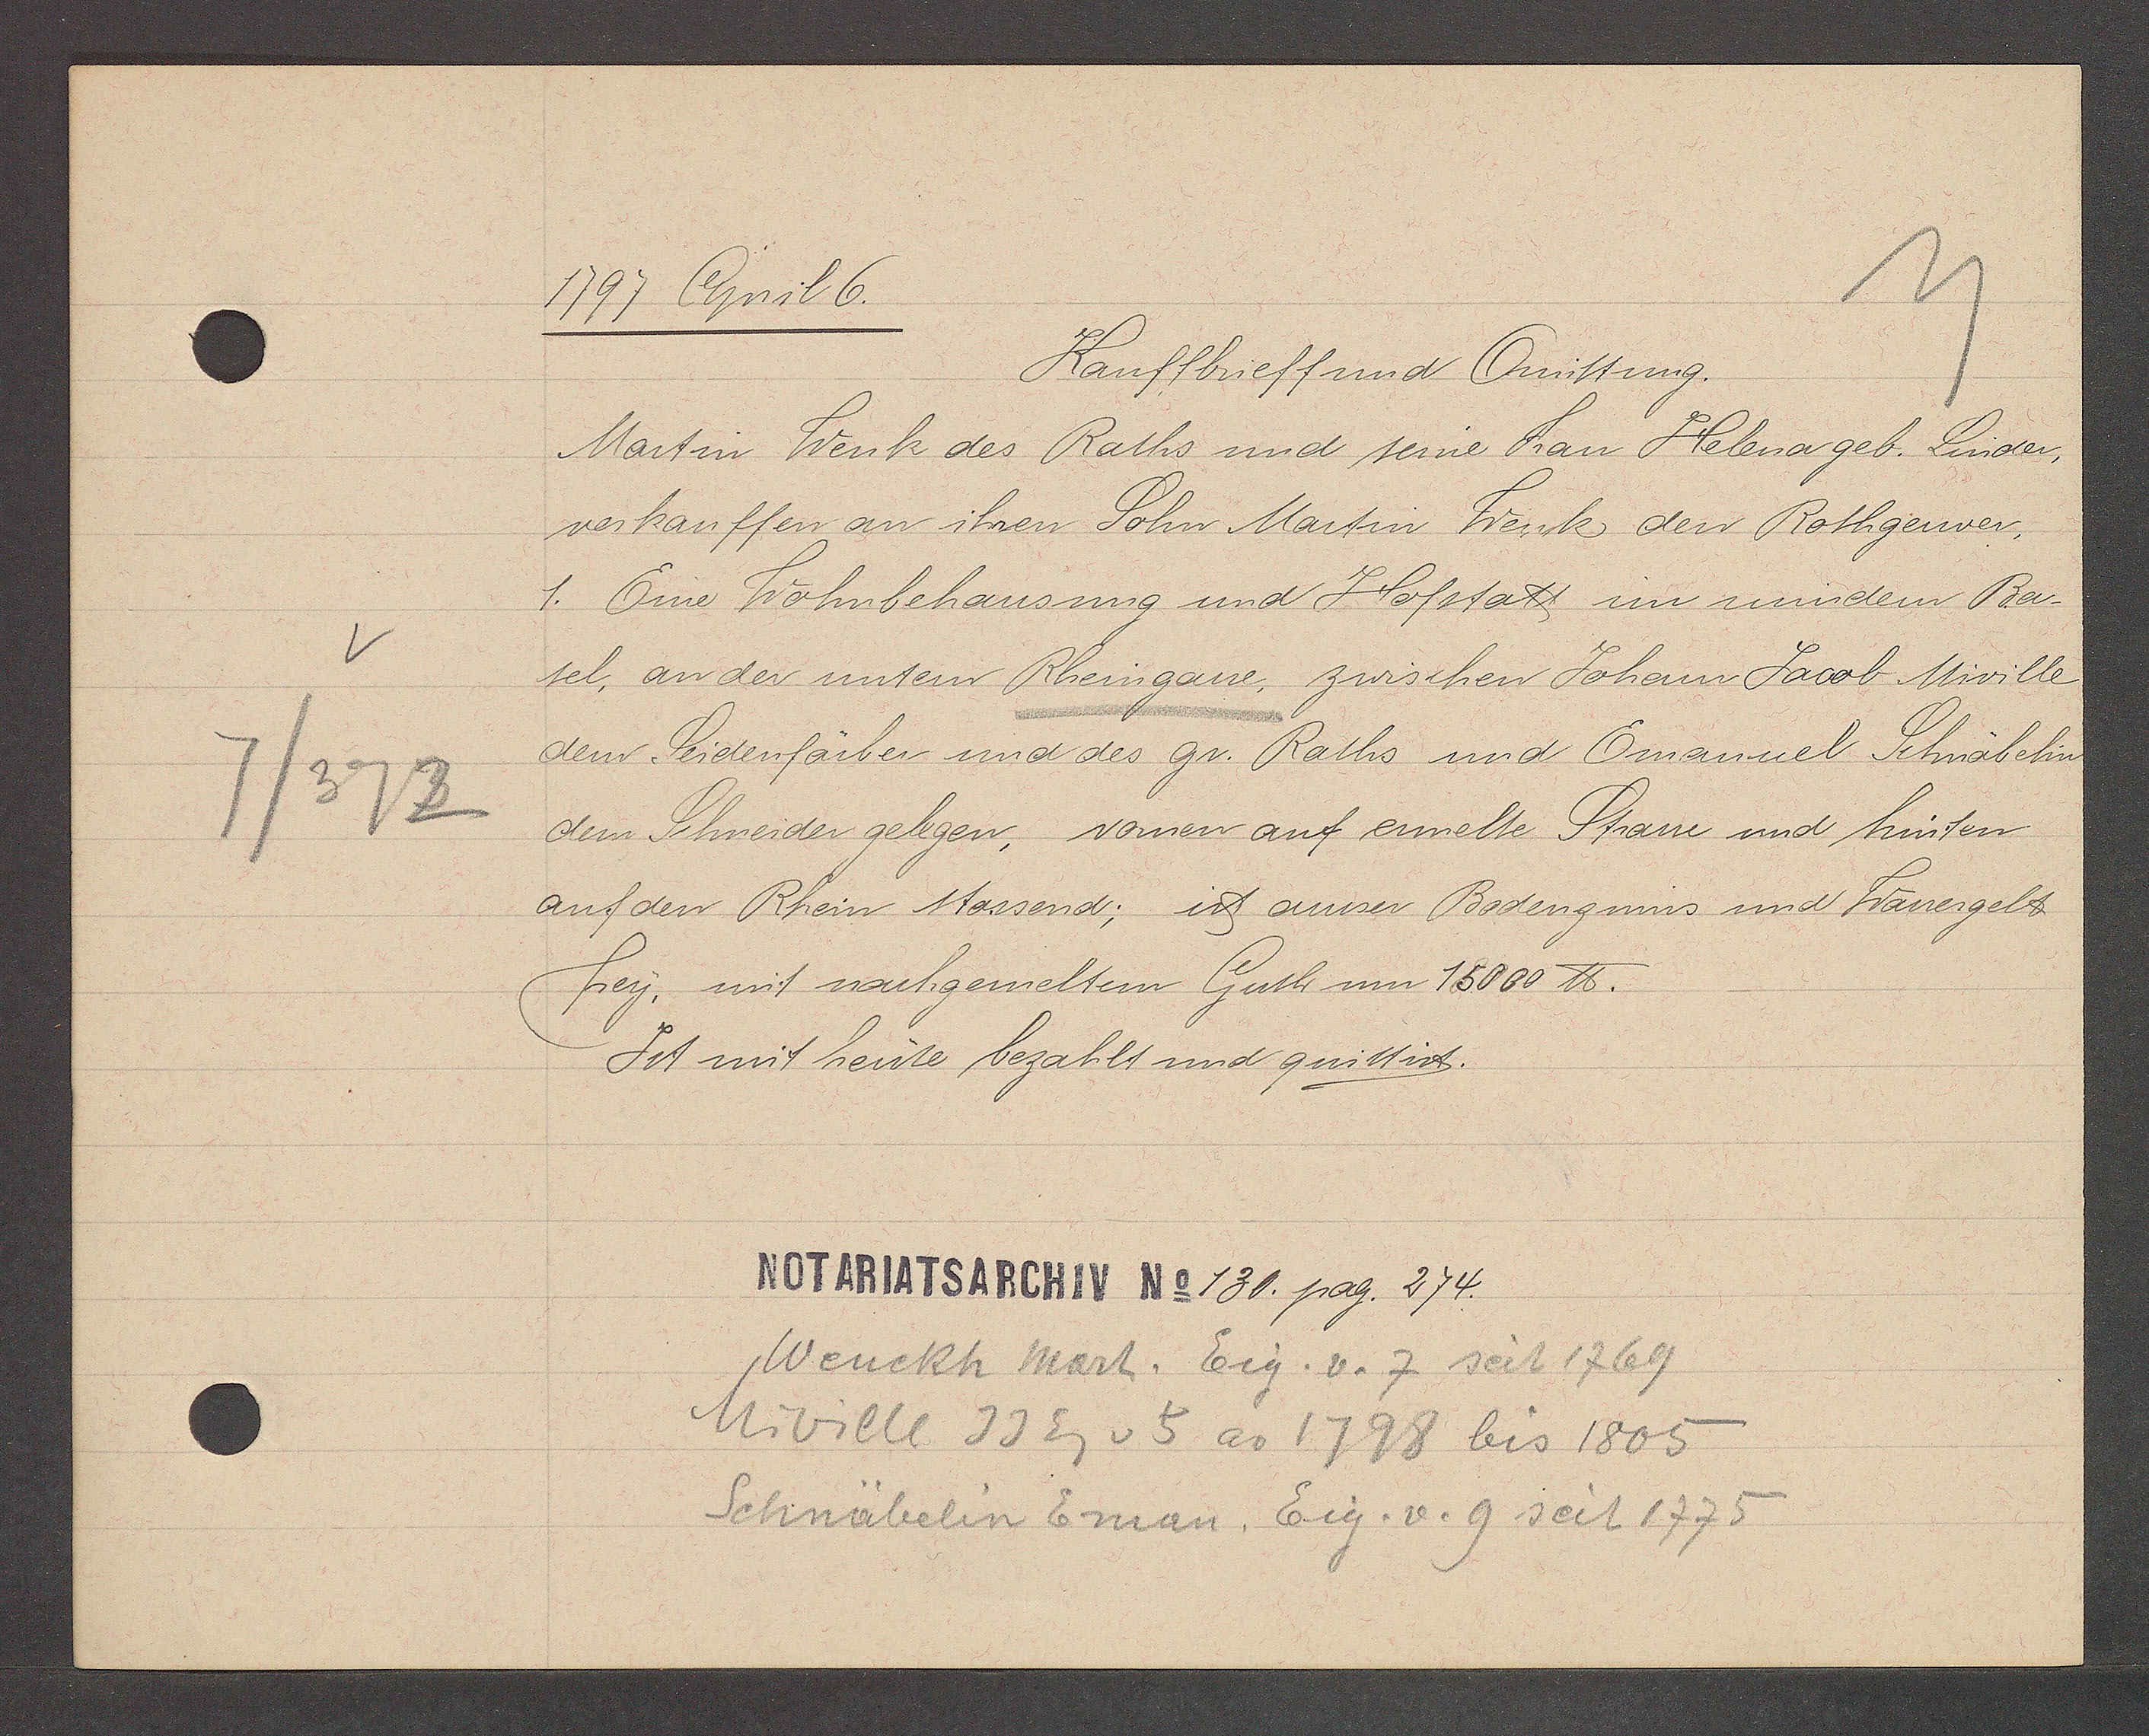
Transcript:
v
7/372

1797 April 6.

Kauffbrieff und Quittung.
Martin Wenk des Raths und seine Frau Helena geb. Linden,
verkauffen an ihren Sohn Martin Werk den Rothgerwer,
1. Eine Wohnbehausung und Hofstatt im mindem Ba-
sel. an der umtem Rheingasse, zwischen Johann Jacob Miville
dem Seidenfärber und des gr. Raths und Emamuel Schnäbelin
dem Schneider gelegen, vornen auf ermelte Strasse und hinten
auf den Rhein stossend; ist ausser Bodenzinns und Frauengelt
frey, mit nachgemeltem Guth um 15000℔.
Ist mit heute bezahlt und quittirt.

Notariatsarchiv No 130. pag. 274.

Wenckh Mart. Eig. v. 7 seit 1769
Miville JJ Eg v 5 ao 1798 bis 1805
Schnäbelin Eman. Eig. v. 9 seit 1775